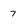
Character: 7